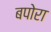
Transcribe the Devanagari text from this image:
बपोरा